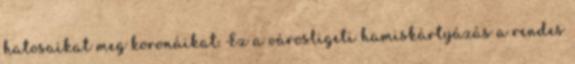
hatosaikat meg koronáikat. Ez a városligeti hamiskártyázás a rendes